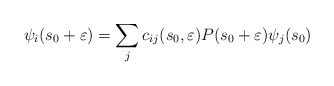
\begin{align*} \psi_i(s_0+\varepsilon)=\sum_{j} c_{ij}(s_0,\varepsilon) P(s_0+\varepsilon) \psi_j(s_0)\end{align*}